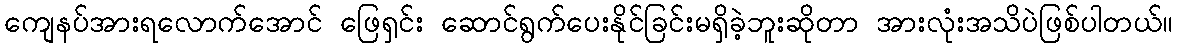
ကျေနပ်အားရလောက်အောင် ဖြေရှင်း ဆောင်ရွက်ပေးနိုင်ခြင်းမရှိခဲ့ဘူးဆိုတာ အားလုံးအသိပဲဖြစ်ပါတယ်။